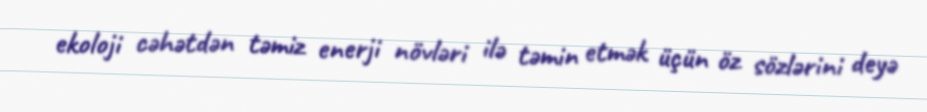
ekoloji cəhətdən təmiz enerji növləri ilə təmin etmək üçün öz sözlərini deyə